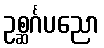
ဥစ္ဆင်္ဂပညော